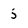
Character: 5